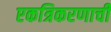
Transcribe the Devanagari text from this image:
एकत्रिकरणाची